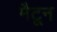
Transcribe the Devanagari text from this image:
मैटून